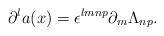
LaTeX: \begin{align*}\partial^la(x)=\epsilon^{lmnp}\partial_m\Lambda_{np}.\end{align*}